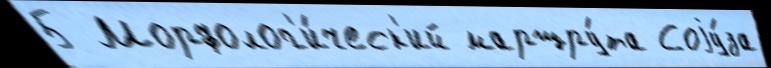
5 Морфолог'и́ческ'ий маршру́та Соjу́за